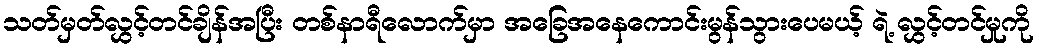
သတ်မှတ်လွှင့်တင်ချိန်အပြီး တစ်နာရီလောက်မှာ အခြေအနေကောင်းမွန်သွားပေမယ့် ရဲ့ လွှင့်တင်မှုကို